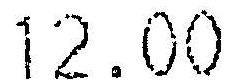
12.00